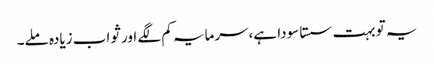
یہ تو بہت سستا سودا ہے،سرمایہ کم لگے اور ثواب زیادہ ملے۔